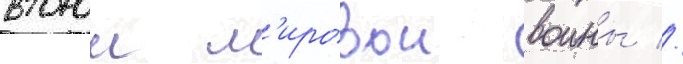
второи м'ировои воины //